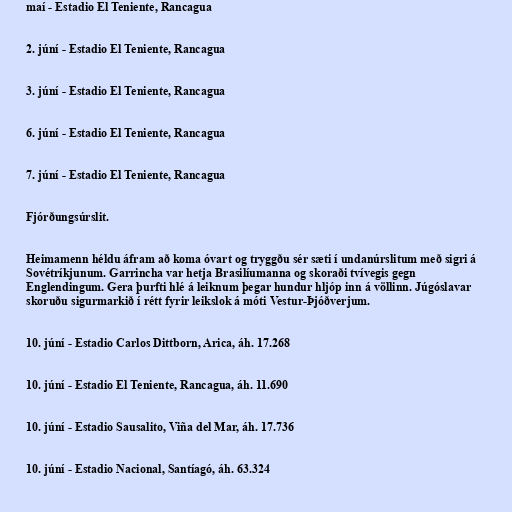
maí - Estadio El Teniente, Rancagua

2. júní - Estadio El Teniente, Rancagua

3. júní - Estadio El Teniente, Rancagua

6. júní - Estadio El Teniente, Rancagua

7. júní - Estadio El Teniente, Rancagua

Fjórðungsúrslit.

Heimamenn héldu áfram að koma óvart og tryggðu sér sæti í undanúrslitum með sigri á
Sovétríkjunum. Garrincha var hetja Brasilíumanna og skoraði tvívegis gegn
Englendingum. Gera þurfti hlé á leiknum þegar hundur hljóp inn á völlinn. Júgóslavar
skoruðu sigurmarkið í rétt fyrir leikslok á móti Vestur-Þjóðverjum.

10. júní - Estadio Carlos Dittborn, Arica, áh. 17.268

10. júní - Estadio El Teniente, Rancagua, áh. 11.690

10. júní - Estadio Sausalito, Viña del Mar, áh. 17.736

10. júní - Estadio Nacional, Santíagó, áh. 63.324